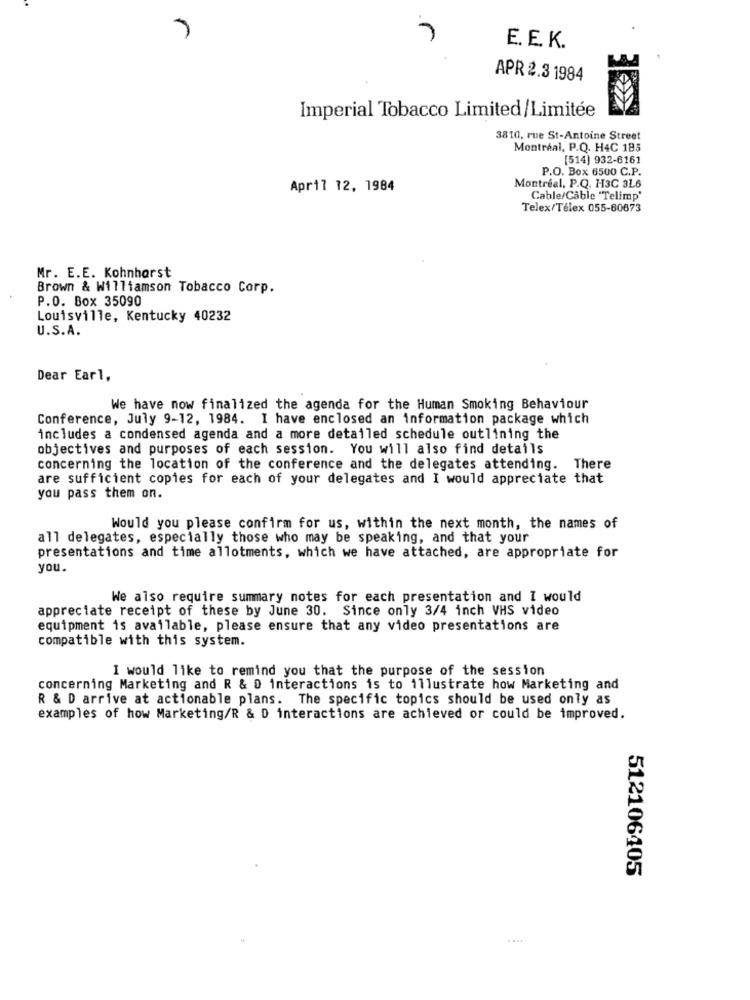
E. E. K.
APR 2.3 1984
Imperial Tobacco Limited/Limitée
3810, rue St-Antoine Street
Montréal, P.Q. H4C 185
[514) 932-6161
P.O. Box 6500 C.P.
April 12, 1984
Montreal. P.Q. H3C 3L6
Cable/Cable "Telimp'
Telex/Télex 055-60673
Mr. E.E. Kohnharst
Brown & Williamson Tobacco Corp.
P.O. Box 35090
Louisville, Kentucky 40232
U.S.A.
Dear Earl,
We have now finalized the agenda for the Human Smoking Behaviour
Conference, July 9-12, 1984. I have enclosed an information package which
includes a condensed agenda and a more detailed schedule outlining the
objectives and purposes of each session. You will also find details
concerning the location of the conference and the delegates attending. There
are sufficient copies for each of your delegates and I would appreciate that
you pass them on.
Would you please confirm for us, within the next month, the names of
all delegates, especially those who may be speaking, and that your
presentations and time allotments, which we have attached, are appropriate for
you.
We also require summary notes for each presentation and I would
appreciate receipt of these by June 30. Since only 3/4 inch VHS video
equipment is available, please ensure that any video presentations are
compatible with this system.
I would like to remind you that the purpose of the session
concerning Marketing and R & D interactions is to illustrate how Marketing and
R & D arrive at actionable plans. The specific topics should be used only as
examples of how Marketing/R & D interactions are achieved or could be improved.
512106405